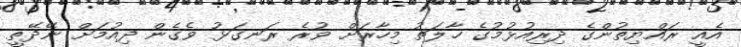
އެއީ ރައްޔިތުންގެ ދިރިއުޅުމުގެ ހާލަތު މިހާރަށް ވުރެ ރަނގަޅު ވެގެން ދިއުމަށް ނޭދޭތީ